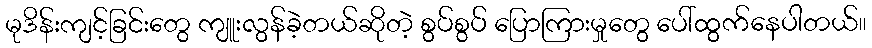
မုဒိန်းကျင့်ခြင်းတွေ ကျူးလွန်ခဲ့တယ်ဆိုတဲ့ စွပ်စွပ် ပြောကြားမှုတွေ ပေါ်ထွက်နေပါတယ်။